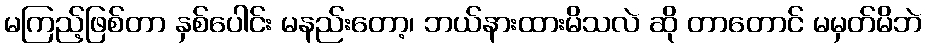
မကြည့်ဖြစ်တာ နှစ်ပေါင်း မနည်းတော့၊ ဘယ်နားထားမိသလဲ ဆို တာတောင် မမှတ်မိဘဲ